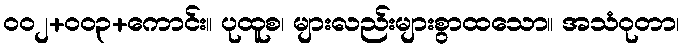
၀၀၂+၀၀၃+ကောင်း။ ပုထူစ၊ များလည်းများစွာထသော။ အသံဝုတာ၊